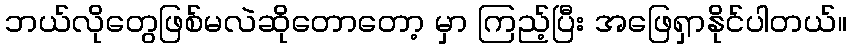
ဘယ်လိုတွေဖြစ်မလဲဆိုတောတော့ မှာ ကြည့်ပြီး အဖြေရှာနိုင်ပါတယ်။